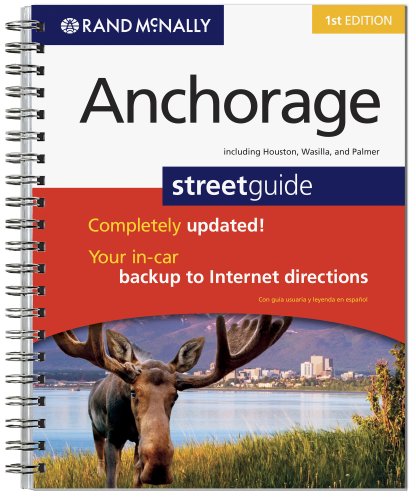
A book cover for Street Guide Anchorage Alaska; Rand McNally; Travel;